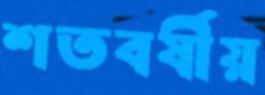
শতবর্ষীয়